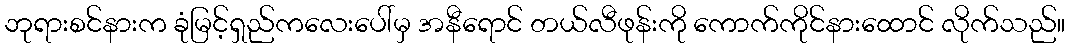
ဘုရားစင်နားက ခုံမြင့်ရှည်ကလေးပေါ်မှ အနီရောင် တယ်လီဖုန်းကို ကောက်ကိုင်နားထောင် လိုက်သည်။